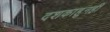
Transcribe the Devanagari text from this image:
दशकाहुनही